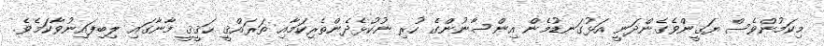
މިކަމުންވެސް ޔަޤީންވެގެންދަނީ އަޅުގަނޑުމެން އިންސާނުންގެ ހުރި ނުކުޅެދެންތެރިކަމާއި ތަރައްޤީ ޙަޤީޤީ މާނާގައި ލިބިފައިނުވާކަމެވެ.